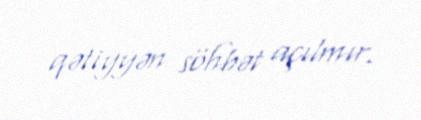
qətiyyən söhbət açılmır.